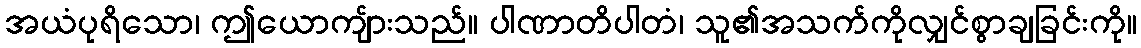
အယံပုရိသော၊ ဤယောကျ်ားသည်။ ပါဏာတိပါတံ၊ သူ၏အသက်ကိုလျှင်စွာချခြင်းကို။